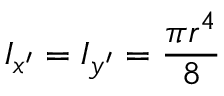
I _ { x ^ { \prime } } = I _ { y ^ { \prime } } = \frac { \pi r ^ { 4 } } { 8 }